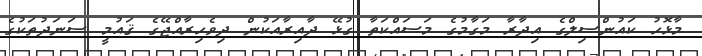
މާޅޮހު ކައުންސިލްގެ އިދާރާ މަގާމުގެ މަސައްކަތާ ގުޅޭ ދާއިރާއަކުން ދިވެހިރާއްޖޭގެ ޤައުމީ ސަނަދުތަކުގެ